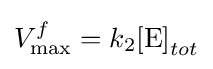
V_{\rm {max}}^{f}=k_{2}{\rm {[E]}}_{tot}